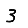
Digit: 3